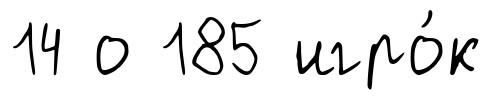
14 о 185 игро́к